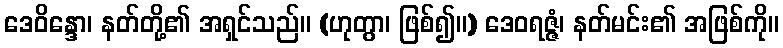
ဒေဝိန္ဒော၊ နတ်တို့၏ အရှင်သည်။ (ဟုတွာ၊ ဖြစ်၍။) ဒေဝရဇ္ဇံ၊ နတ်မင်း၏ အဖြစ်ကို။